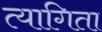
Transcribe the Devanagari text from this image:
त्यागिता